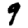
Digit: 9